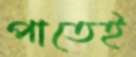
পাতেই